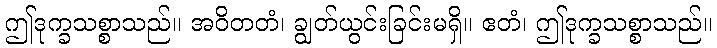
ဤဒုက္ခသစ္စာသည်။ အဝိတတံ၊ ချွတ်ယွင်းခြင်းမရှိ။ ဧတံ၊ ဤဒုက္ခသစ္စာသည်။